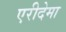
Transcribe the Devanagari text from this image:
एरीदेमा